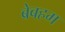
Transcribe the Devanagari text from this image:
ब्रेबहम